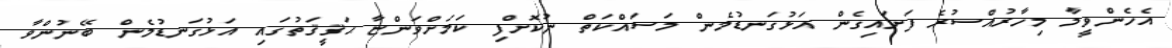
އެހެންވީމާ މިހާރުއްސުރެ ފަށައިގެން އަޅުގަނޑުމެން މަސައްކަތް ނުކޮށްފި ކަމަށްވަންޏާ ޙަޤީޤަތުގައި އަޅުގަނޑުމެން ބޭނުންވާ